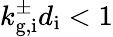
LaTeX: k_{\mathrm{g,i}}^{\pm}d_{\mathrm{i}}<1